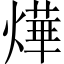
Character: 燁